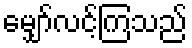
မျှော်လင့်ကြသည်